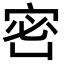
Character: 𡨑